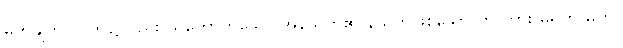
မှတ်ချက်။ ။ ဤ၌လည်း ယတောဟူသော အနိယတ်၏ နိယတ်ဖြစ်သော တ ကား မရှိဟု မှတ်။